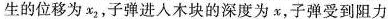
生的位移为x_{2}，子弹进入木块的深度为x，子弹受到阻力